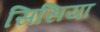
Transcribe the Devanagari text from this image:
सिसिया